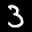
Label: 3